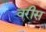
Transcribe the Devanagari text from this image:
वरीस